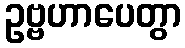
ဥဗ္ဗဟာပေတွာ